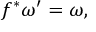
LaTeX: f ^ { * } \omega ^ { \prime } = \omega ,